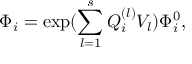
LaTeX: \Phi _ { i } = \exp ( \sum _ { l = 1 } ^ { s } Q _ { i } ^ { ( l ) } V _ { l } ) \Phi _ { i } ^ { 0 } ,